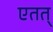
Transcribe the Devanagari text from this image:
एतत्‌